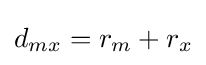
{d_{mx}}={r_{m}}+{r_{x}}